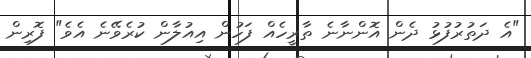
"އެ ދަތުރުފުޅު ދެން އޮންނާނެ ތާރީހެއް ފަހުން އިއުލާން ކުރެވޭނެ އެވެ" ފޮރިން